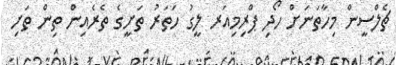
ޗެލްސީން މިހާތަނަށް ހޯދި ޕްރިމިއަރ ލީގު ހަތަރު ތަށީގެ ތެރެއިން ތިން ތަށި